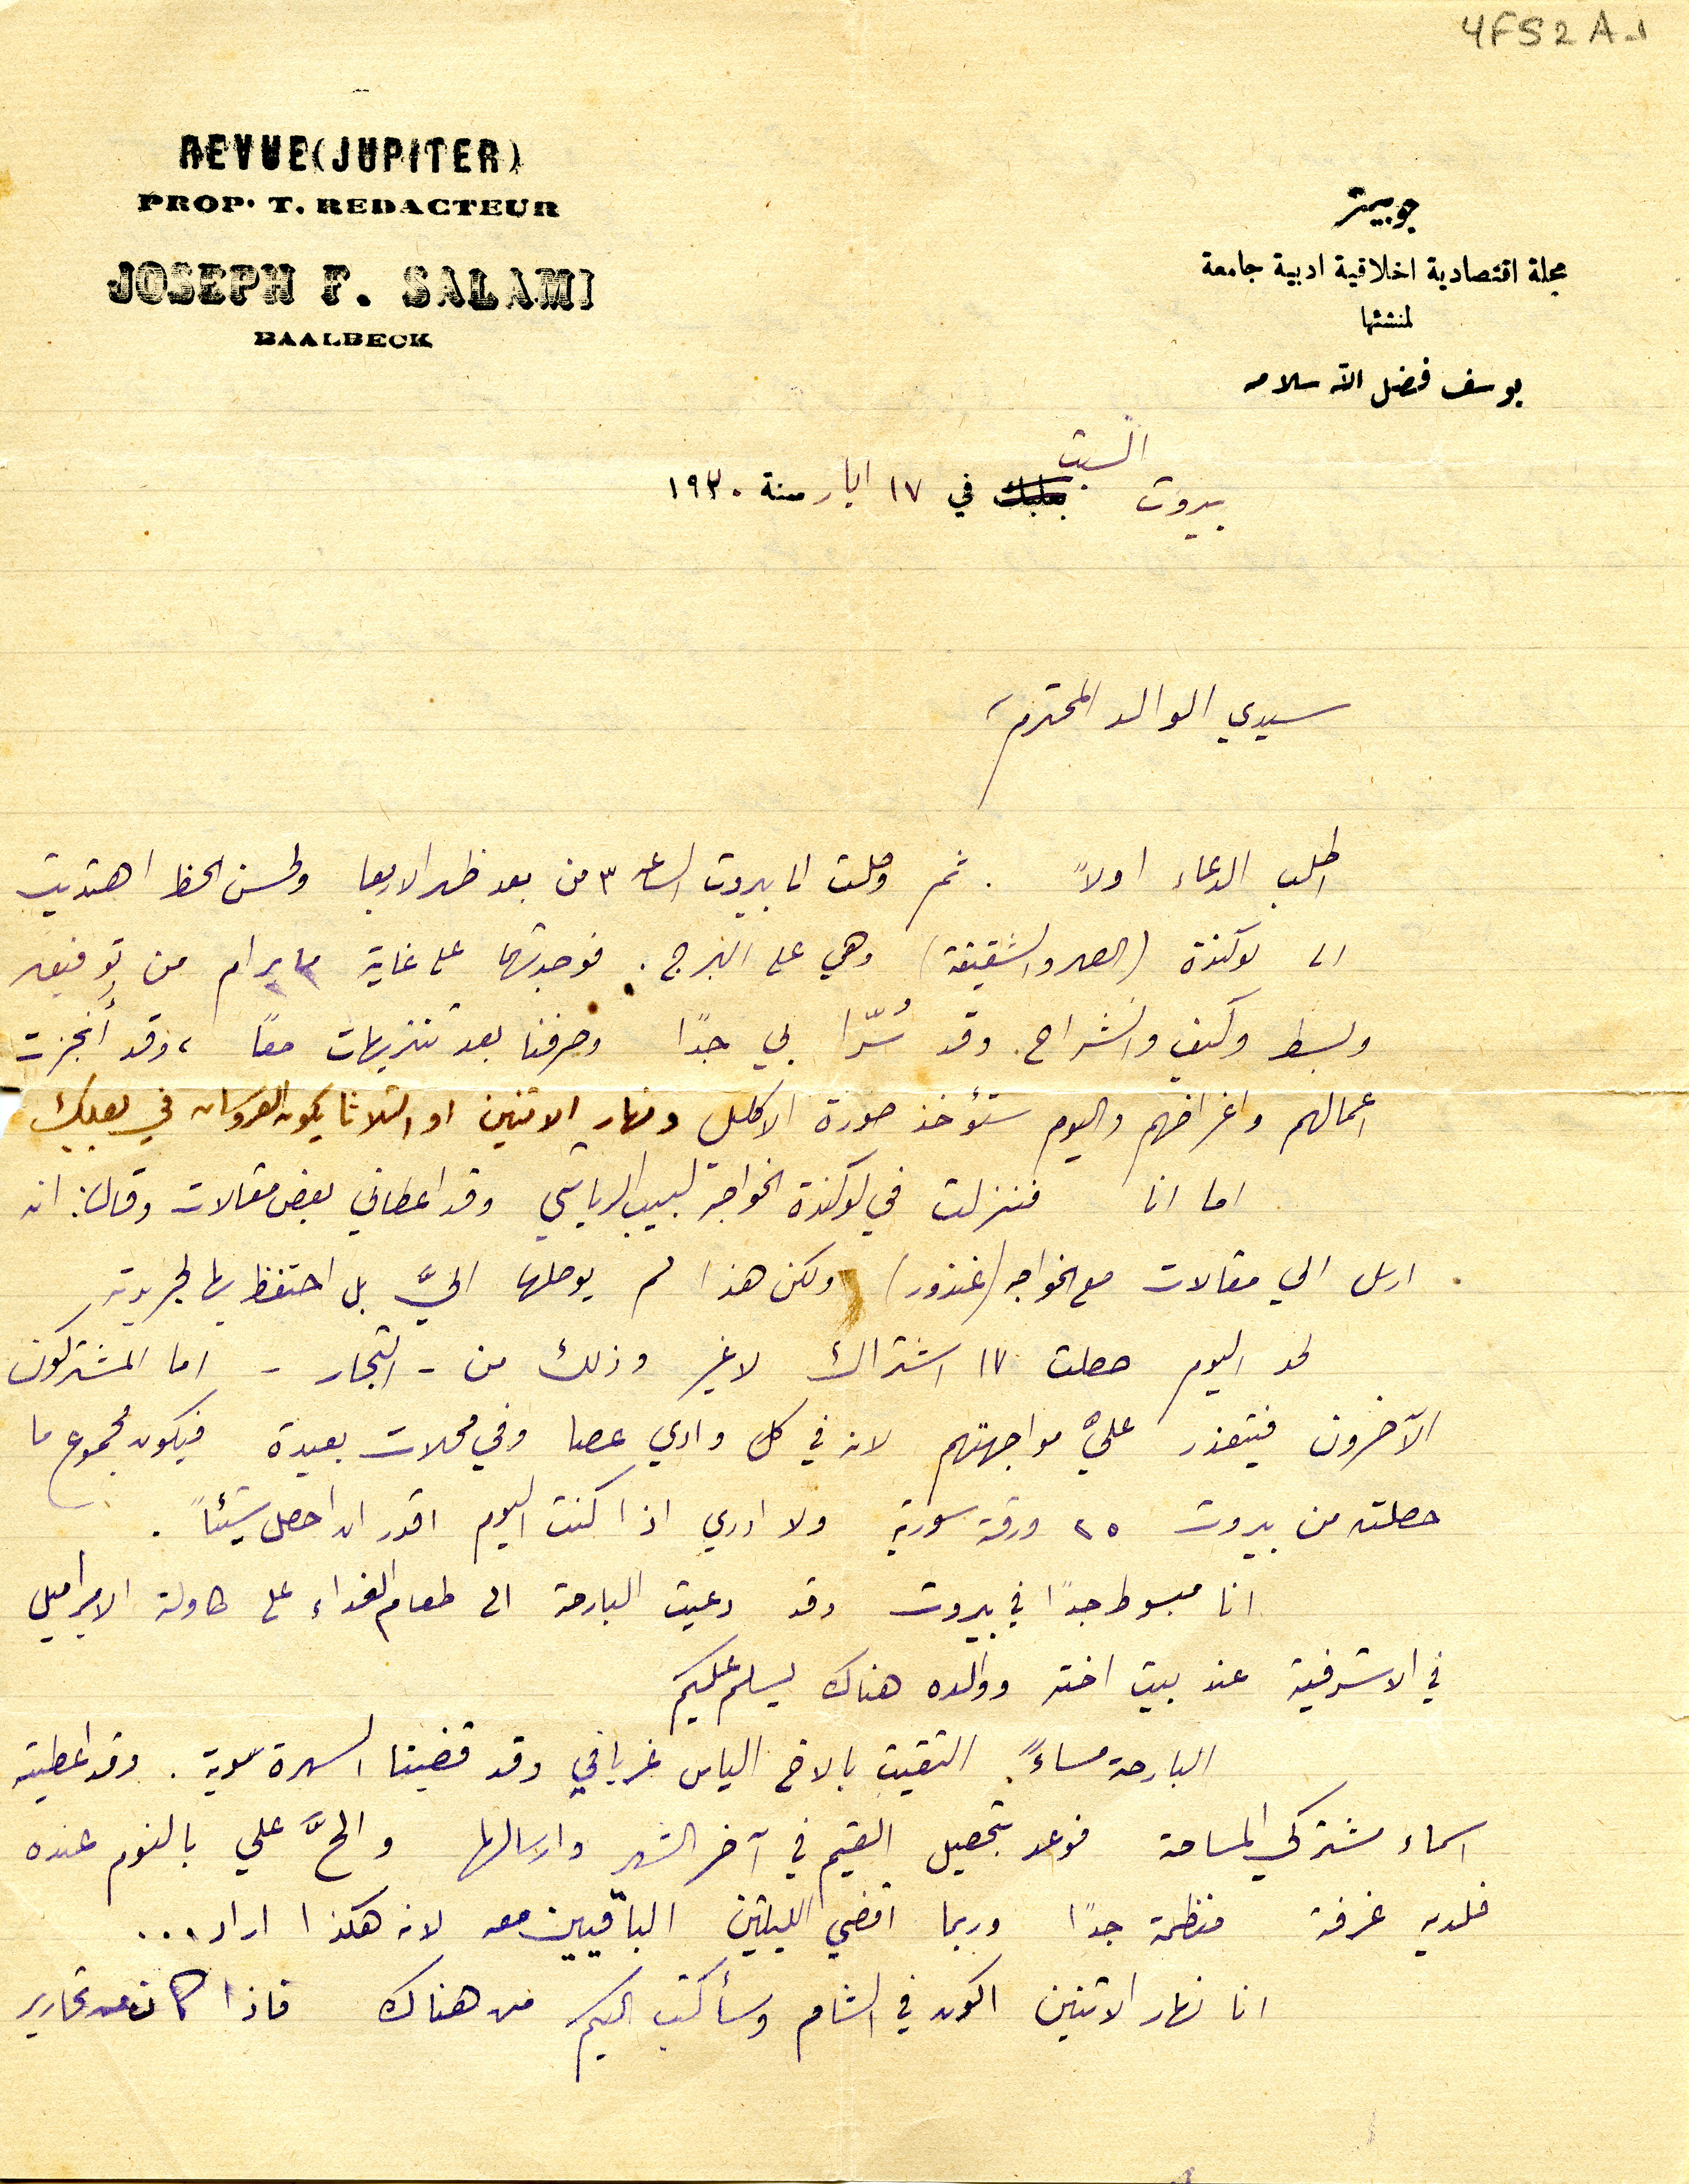
YFS2A-1
جوبيتر
مجلة اقتصادية اخلاقية ادبية جامعة
لمنشئها
يوسف فضل الله سلامه
REVUE (JUPITER)
PROP. T. REDACTEUR
JOSEPH F. SALAMI
BAALBECK
بيروت السبت في ١٧ ايار سنة ١٩٣٠
سيدي الوالد المحترم
اطلب الدعاء اولاً . ثم وصلت الى بيروت الساعه ٣ من بعد ظهر الاربعا ولحسن الحظ اهتديت
الى لوكندة (الصهر والشقيقة) وهي على البرج. فوجدتها على غاية ما يرام من توفيق
وبسط وكيف وانشراح. وقد سُرّا بي جدًا وصرفنا بعد تنزيهات معًا ، وقد أنجزت
اعمالهم واغراضهم واليوم ستؤخذ صورة الاكليل ونهار الاثنين او الثلاثا يكون العروسان في بعلبك
اما انا فنزلت في لوكندة الخواجة لبيب الرياشي وقد اعطاني بعض مقالات وقال: انه
ارسل الي مقالات مع الخواجه (غندور) ولكن هذا لم يوصلها اليَّ بل احتفظ بها لجريدته
لحد اليوم حصلت ١٧ اشتراك لا غير وذلك من - التجار - اما المشتركون
الآخرون فيتعذر عليَّ مواجهتهم لانه في كل وادي عصا وفي محلات بعيدة فيكون مجموع ما
حصلته من بيروت ٢٥ ورقة سورية ولا ادري اذا كنت اليوم اقدر ان احصل شيئاً.
انا مبسوط جدًا في بيروت وقد دعيت البارحة الى طعام الغداء على طاولة الامير اميل
في الاشرفية عند بيت اخته ووالده هناك يسلم عليكم
البارحة مساءً التقيت بالاخ الياس غريافي وقد قضينا السهرة سوية. وقد اعطيته
اسماء مشتركي المساحة فوعد بتحصيل القيم في آخر الشهر وارسالها والحَّ علي بالنوم عنده
فلديه غرفة منظمة جدًا وربما اقضي الليلتين الباقيين معه لانه هكذا اراد...
انا نهار الاثنين اكون في الشام وسأكتب اليكم من هناك فاذا كان من تحارير